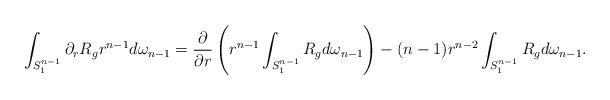
LaTeX: \begin{align*}\int_{S^{n-1}_1}\partial_r R_g r^{n-1}d\omega_{n-1}&=\frac{\partial}{\partial r}\left(r^{n-1}\int_{S^{n-1}_1} R_g d\omega_{n-1}\right) - (n-1)r^{n-2}\int_{S^{n-1}_1}R_g d\omega_{n-1}.\end{align*}